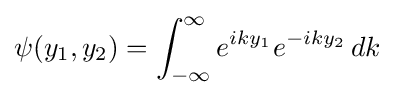
\psi (y_{1},y_{2})=\int _{-\infty }^{\infty }e^{iky_{1}}e^{-iky_{2}}\,dk